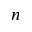
n